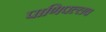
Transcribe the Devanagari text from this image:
पाणिपल्लव